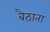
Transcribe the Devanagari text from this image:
बैठाता